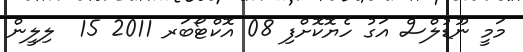
މަމީ ނޫޑުލްސް އަގު ހެޔޮކޮށްފި 08 އޮކްޓޯބަރ 2011 15  ލިލީން